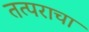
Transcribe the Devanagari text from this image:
तत्पराचा